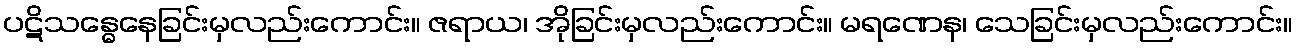
ပဋိသန္ဓေနေခြင်းမှလည်းကောင်း။ ဇရာယ၊ အိုခြင်းမှလည်းကောင်း။ မရဏေန၊ သေခြင်းမှလည်းကောင်း။